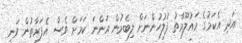
އަދި އެކަމުގެ މައުލޫމާތު ފުލުހުންނަށް ލިބެމުން އަންނަ ކަމަށް ވެސް އެފަރާތުން ވަނީ